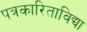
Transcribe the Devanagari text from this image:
पत्रकारिताविद्या